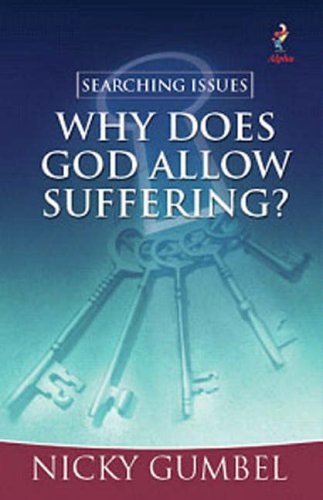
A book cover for Why Does God Allow Suffering?; Nicky Gumbel; Religion & Spirituality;